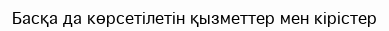
Басқа да көрсетілетін қызметтер мен кірістер